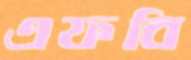
এফবি